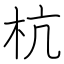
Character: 杭